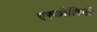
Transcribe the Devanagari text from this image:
एस्कोलिनी